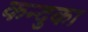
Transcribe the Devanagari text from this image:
कन्दुका